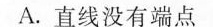
A.直线没有端点